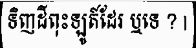
ទិញដីពុះឡូត៍ដែរ ឬទេ ? |